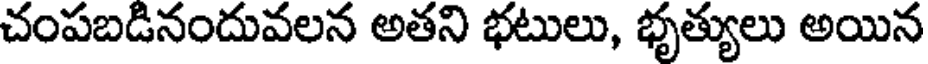
చంపబడినందువలన అతని భటులు, భృత్యులు అయిన